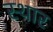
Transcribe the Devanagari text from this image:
स्थार